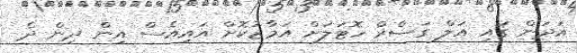
އަދަން ގައި އަލް ގަސްރް ހޮޓަލަށް އަމާޒުކޮށް އައިއެސް އިން ދިން ދެ